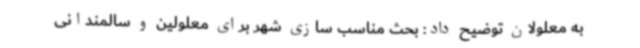
به معلولان توضیح داد: بحث مناسب سازی شهر برای معلولین و سالمندانی